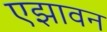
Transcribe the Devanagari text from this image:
एझावन